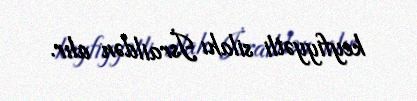
keyfiyyətli silahı İsraildən alır.